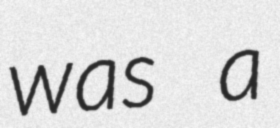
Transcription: was a